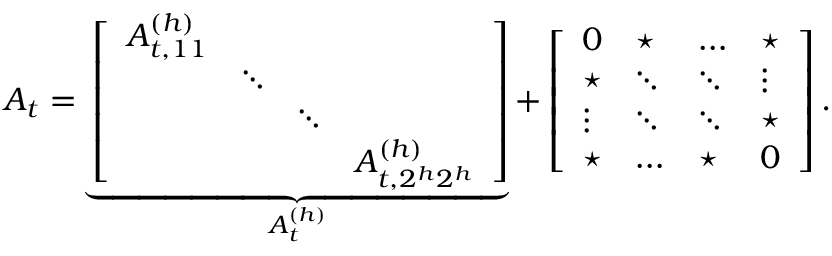
A _ { t } = \underbrace { \left[ \begin{array} { l l l l } { A _ { t , 1 1 } ^ { ( h ) } } & & & \\ & { \ddots } & & \\ & & { \ddots } & \\ & & & { A _ { t , 2 ^ { h } 2 ^ { h } } ^ { ( h ) } } \end{array} \right] } _ { A _ { t } ^ { ( h ) } } + \left[ \begin{array} { l l l l } { 0 } & { \star } & { \dots } & { \star } \\ { \star } & { \ddots } & { \ddots } & { \vdots } \\ { \vdots } & { \ddots } & { \ddots } & { \star } \\ { \star } & { \dots } & { \star } & { 0 } \end{array} \right] .